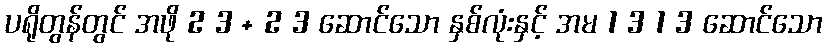
ပရိုတွန်တွင် အဖို 2 3 + 2 3 ဆောင်သော နှစ်လုံးနှင့် အမ 1 3 1 3 ဆောင်သော